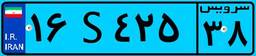
۳۱S۲۴۶۱۱